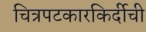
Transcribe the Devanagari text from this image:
चित्रपटकारकिर्दीची